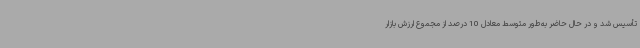
تأسیس شد و در حال حاضر به‌طور متوسط معادل 10 درصد از مجموع ارزش بازار